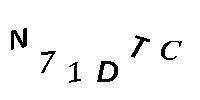
N71DTC